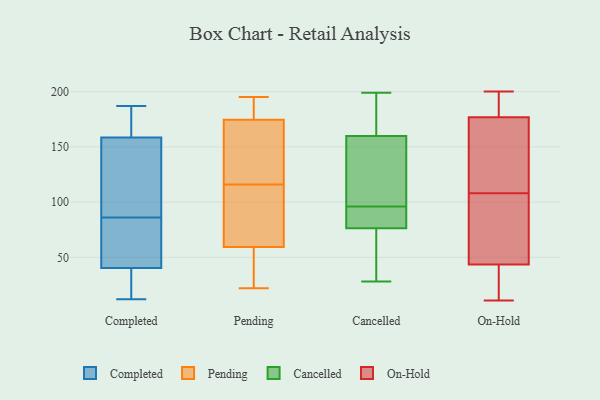
{"axis": {"x": "Churn Rate (%)", "y": "Value"}, "legend": ["Cancelled", "Completed", "On-Hold", "Pending"], "data": [{"x": "", "y": 122, "type": "Completed"}, {"x": "", "y": 131, "type": "Completed"}, {"x": "", "y": 75, "type": "Completed"}, {"x": "", "y": 81, "type": "Completed"}, {"x": "", "y": 20, "type": "Completed"}, {"x": "", "y": 175, "type": "Completed"}, {"x": "", "y": 15, "type": "Completed"}, {"x": "", "y": 47, "type": "Completed"}, {"x": "", "y": 12, "type": "Completed"}, {"x": "", "y": 86, "type": "Completed"}, {"x": "", "y": 182, "type": "Completed"}, {"x": "", "y": 153, "type": "Completed"}, {"x": "", "y": 175, "type": "Completed"}, {"x": "", "y": 68, "type": "Completed"}, {"x": "", "y": 93, "type": "Completed"}, {"x": "", "y": 187, "type": "Completed"}, {"x": "", "y": 20, "type": "Completed"}, {"x": "", "y": 59, "type": "Pending"}, {"x": "", "y": 128, "type": "Pending"}, {"x": "", "y": 140, "type": "Pending"}, {"x": "", "y": 22, "type": "Pending"}, {"x": "", "y": 34, "type": "Pending"}, {"x": "", "y": 194, "type": "Pending"}, {"x": "", "y": 60, "type": "Pending"}, {"x": "", "y": 186, "type": "Pending"}, {"x": "", "y": 97, "type": "Pending"}, {"x": "", "y": 116, "type": "Pending"}, {"x": "", "y": 195, "type": "Pending"}, {"x": "", "y": 141, "type": "Cancelled"}, {"x": "", "y": 38, "type": "Cancelled"}, {"x": "", "y": 28, "type": "Cancelled"}, {"x": "", "y": 95, "type": "Cancelled"}, {"x": "", "y": 166, "type": "Cancelled"}, {"x": "", "y": 95, "type": "Cancelled"}, {"x": "", "y": 96, "type": "Cancelled"}, {"x": "", "y": 104, "type": "Cancelled"}, {"x": "", "y": 176, "type": "Cancelled"}, {"x": "", "y": 199, "type": "Cancelled"}, {"x": "", "y": 70, "type": "Cancelled"}, {"x": "", "y": 48, "type": "On-Hold"}, {"x": "", "y": 108, "type": "On-Hold"}, {"x": "", "y": 91, "type": "On-Hold"}, {"x": "", "y": 177, "type": "On-Hold"}, {"x": "", "y": 21, "type": "On-Hold"}, {"x": "", "y": 105, "type": "On-Hold"}, {"x": "", "y": 200, "type": "On-Hold"}, {"x": "", "y": 175, "type": "On-Hold"}, {"x": "", "y": 196, "type": "On-Hold"}, {"x": "", "y": 11, "type": "On-Hold"}, {"x": "", "y": 190, "type": "On-Hold"}, {"x": "", "y": 21, "type": "On-Hold"}, {"x": "", "y": 169, "type": "On-Hold"}, {"x": "", "y": 42, "type": "On-Hold"}, {"x": "", "y": 176, "type": "On-Hold"}]}